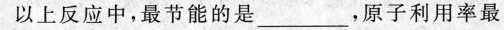
以上反应中，最节能的是_______，原子利用率最